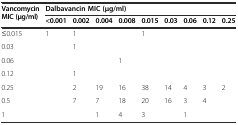
| <ROWSPAN=2> Vancomycin MIC (μg/ml) | <COLSPAN=9> Dalbavancin MIC (μg/ml) |
 | <0.001 | 0.002 | 0.004 | 0.008 | 0.015 | 0.03 | 0.06 | 0.12 | 0.25 |
 | --- | --- | --- | --- | --- | --- | --- | --- | --- | --- |
 | ≤0.015 | 1 | 1 |  |  | 1 |  |  |  |  |
 | 0.03 |  | 1 |  |  |  |  |  |  |  |
 | 0.06 |  |  |  | 1 |  |  |  |  |  |
 | 0.12 |  | 1 |  |  |  |  |  |  |  |
 | 0.25 |  | 2 | 19 | 16 | 38 | 14 | 4 | 3 | 2 |
 | 0.5 |  | 7 | 7 | 18 | 20 | 16 | 3 | 4 |  |
 | 1 |  |  | 1 | 4 | 3 |  | 1 |  |  |